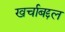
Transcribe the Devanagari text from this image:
खर्चाबद्दल